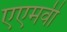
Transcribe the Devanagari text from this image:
एएमवी